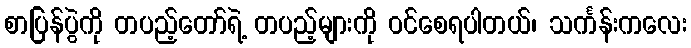
စာပြန်ပွဲကို တပည့်တော်ရဲ့ တပည့်များကို ဝင်စေရပါတယ်၊ သင်္ကန်းကလေး